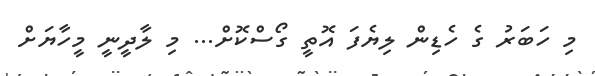
މި ހަބަރު ގެ ހެޑިން ލިޔެފަ އޮތީ ގޯސްކޮށް... މި ލާދީނީ މީހާޔަށް